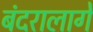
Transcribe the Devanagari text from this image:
बंदरालागे